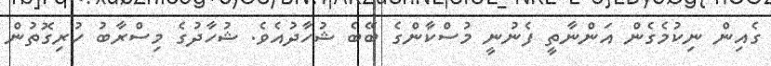
ގެއިން ނިކުމެގެން އަންނާތީ ފެނުނީ މުސްކާންގެ ބޭބެ ޝުހާދުއެވެ. ޝުހާދުގެ މިސްރާބު ހުރިގޮތުން